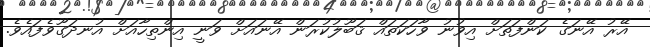
އޭރު އޭނަގެ ކަންފަތަށް އިވުނު ވާހަކަތައް ޤަބޫލުކުރަން އޭނައަށް ވަނީ އިންތިހާއަށް އުނދަގޫވެފައެވެ.